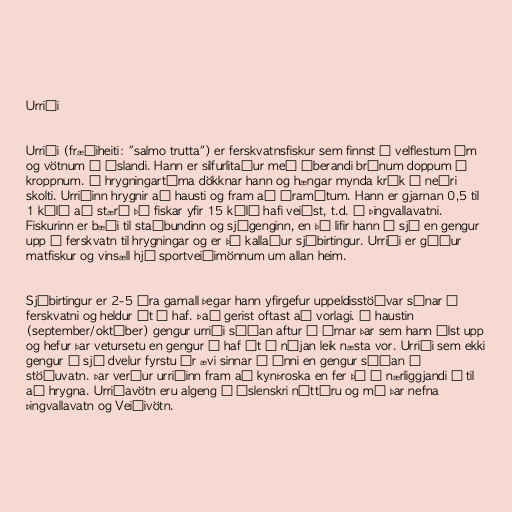
Urriði

Urriði (fræðiheiti: "salmo trutta") er ferskvatnsfiskur sem finnst í velflestum ám
og vötnum á Íslandi. Hann er silfurlitaður með áberandi brúnum doppum á
kroppnum. Á hrygningartíma dökknar hann og hængar mynda krók á neðri
skolti. Urriðinn hrygnir að hausti og fram að áramótum. Hann er gjarnan 0,5 til
1 kíló að stærð þó fiskar yfir 15 kíló hafi veiðst, t.d. í Þingvallavatni.
Fiskurinn er bæði til staðbundinn og sjógenginn, en þá lifir hann í sjó en gengur
upp í ferskvatn til hrygningar og er þá kallaður sjóbirtingur. Urriði er góður
matfiskur og vinsæll hjá sportveiðimönnum um allan heim.

Sjóbirtingur er 2-5 ára gamall þegar hann yfirgefur uppeldisstöðvar sínar í
ferskvatni og heldur út á haf. Það gerist oftast að vorlagi. Á haustin
(september/október) gengur urriði síðan aftur í árnar þar sem hann ólst upp
og hefur þar vetursetu en gengur á haf út á nýjan leik næsta vor. Urriði sem ekki
gengur í sjó dvelur fyrstu ár ævi sinnar í ánni en gengur síðan í
stöðuvatn. Þar verður urriðinn fram að kynþroska en fer þá í nærliggjandi á til
að hrygna. Urriðavötn eru algeng í íslenskri náttúru og má þar nefna
Þingvallavatn og Veiðivötn.